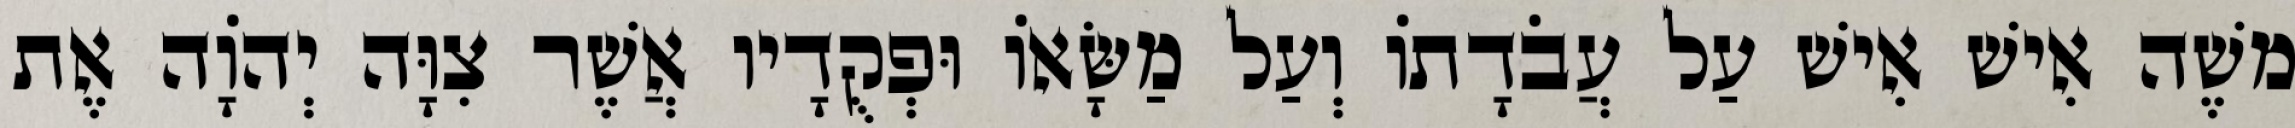
משֶׁה אִישׁ אִישׁ עַל עֲבֹדָתוֹ וְעַל מַשָּׂאוֹ וּפְקֻדָיו אֲשֶׁר צִוָּה יְהוָֹה אֶת